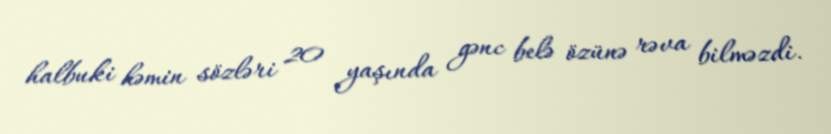
halbuki həmin sözləri 20 yaşında gənc belə özünə rəva bilməzdi.